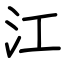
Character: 江